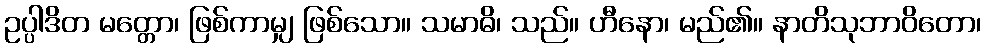
ဥပ္ပါဒိတ မတ္တော၊ ဖြစ်ကာမျှ ဖြစ်သော။ သမာဓိ၊ သည်။ ဟီနော၊ မည်၏။ နာတိသုဘာဝိတော၊